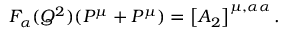
F _ { \alpha } ( Q ^ { 2 } ) ( P ^ { \mu } + P ^ { \mu } ) = \left[ { \cal A } _ { 2 } \right] ^ { \mu , \alpha \alpha } .